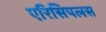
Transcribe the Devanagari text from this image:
एरिसिपलस